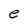
Character: e